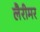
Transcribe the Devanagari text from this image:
लैरीमर